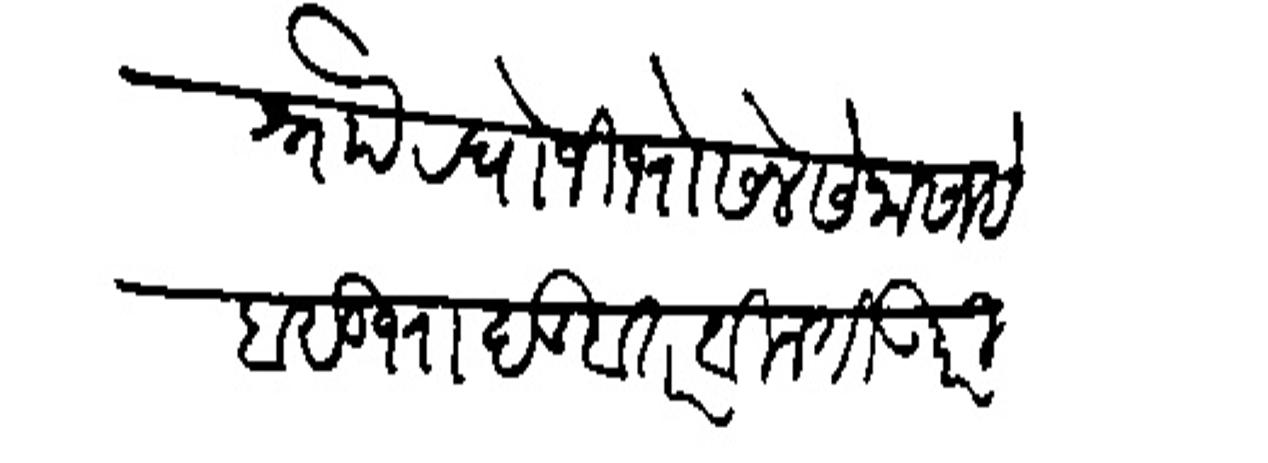
Transliteration (Devanagari): श्र्नोा राघोजी भोसले सेनासाहे व सुभा दंडवत विनंती उपरी